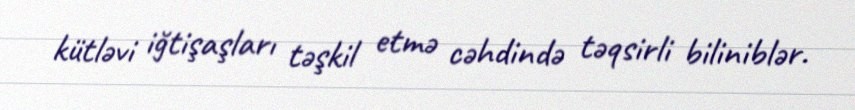
kütləvi iğtişaşları təşkil etmə cəhdində təqsirli biliniblər.